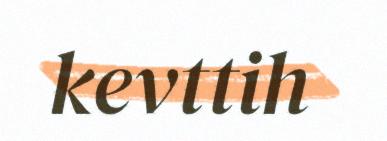
kevttih